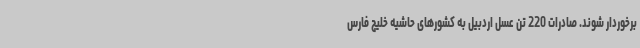
برخوردار شوند. صادرات 220 تن عسل اردبیل به کشورهای حاشیه خلیج فارس